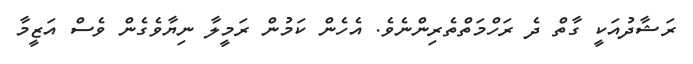
ރަޝާދުއަކީ ގާތް ދެ ރަހްމަތްތެރިންނެވެ. އެހެން ކަމުން ރަމީލާ ނިޔާވެގެން ވެސް އަޒީމާ